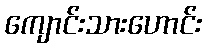
ကျောင်းသားဟောင်း